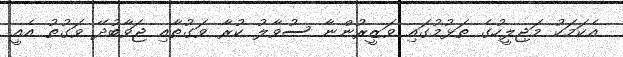
އެކަމަކު މަޖިލީހުގެ ތަޅުމުގައި ވަޒީރުންނާ ސުވާލު ކުރާ ވަގުތާއި ޖަވާބުދޭ ވަގުތު އެއީ